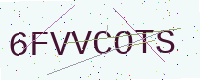
Text: 6FVVCOTS